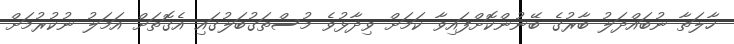
ހާލަތާ ނުބައްދަލު ބާރުގެ ބޭނުންކޮށްފައިވާ ކަމަށް ވިދާޅުވެ މުސްތަގުބަލުގައި އެގޮތަށް އަމަލު ނުކުރުމަށް